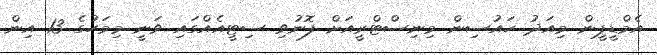
އެމްޑީޕީން މިއަދު ހައުސިން މިނިސްޓްރީއަށް ފޮނުވި ސިޓީއެއްގައި ވަނީ މިމަހުގެ 13 އިން